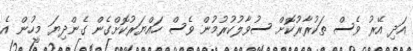
އަދި އޭރު ވެސް ތަކުރާރުކޮށް ސުވާލުކުރުމުން ވެސް ހައްޔަރުކޮށްގެން ގެންދިޔަ މީހުން އެ